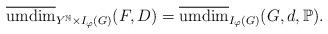
LaTeX: \begin{align*}\overline{\mathrm{umdim}}_{Y^\mathbb{N}\times I_{\varphi}(G)}(F,D)=\overline{\mathrm{umdim}}_{ I_{\varphi}(G)}(G,d,\mathbb{P}).\end{align*}